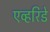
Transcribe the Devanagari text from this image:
एव्हरिडे